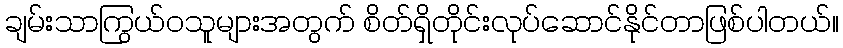
ချမ်းသာကြွယ်ဝသူများအတွက် စိတ်ရှိတိုင်းလုပ်ဆောင်နိုင်တာဖြစ်ပါတယ်။